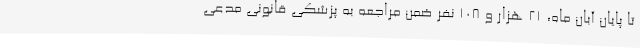
تا پایان آبان ماه، 21 هزار و 108 نفر ضمن مراجعه به پزشکی قانونی مدعی